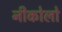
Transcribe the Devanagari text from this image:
नीकोलो